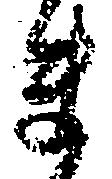
ま